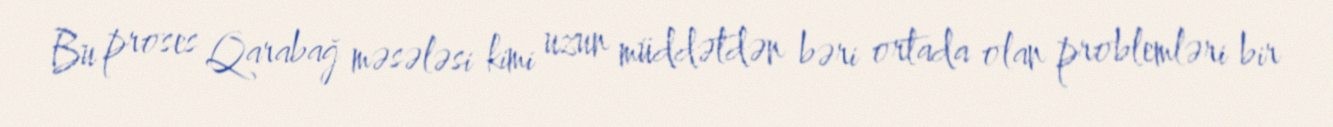
Bu proses Qarabağ məsələsi kimi uzun müddətdən bəri ortada olan problemləri bir